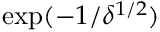
\exp ( - 1 / \delta ^ { 1 / 2 } )